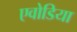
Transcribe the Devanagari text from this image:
एवोडिया